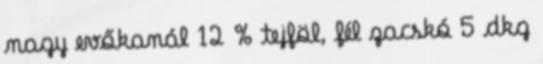
nagy evőkanál 12 % tejföl, fél zacskó 5 dkg